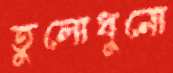
তুলোধুনো